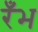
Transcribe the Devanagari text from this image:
रँभ